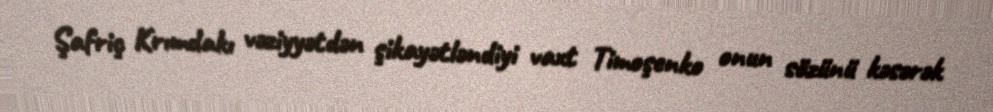
Şafriç Krımdakı vəziyyətdən şikayətləndiyi vaxt Timoşenko onun sözünü kəsərək